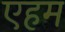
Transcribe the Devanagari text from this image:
एहम